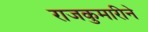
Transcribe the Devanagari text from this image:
राजकुमारीने